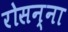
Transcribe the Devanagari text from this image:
रोसन्ना